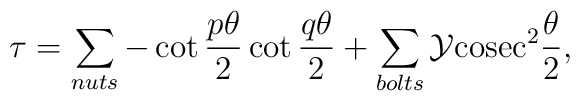
\tau = \sum_{nuts} -\cot \frac{p\theta}{2} \cot \frac{q\theta}{2} + \sum_{bolts} \cal{Y} \rm{cosec}^2 \frac{\theta}{2},